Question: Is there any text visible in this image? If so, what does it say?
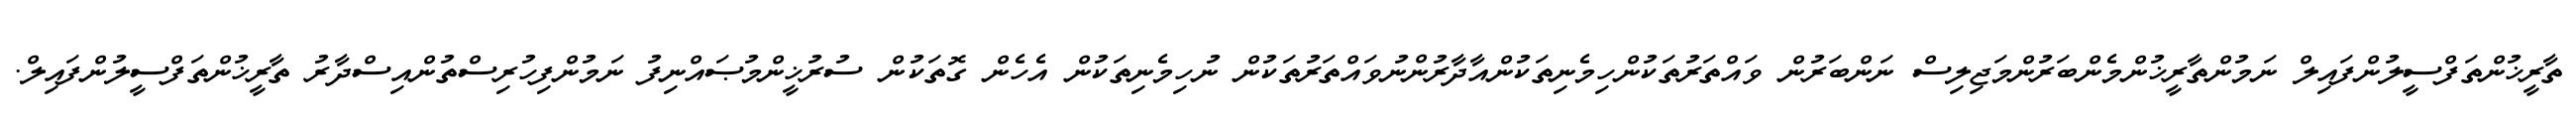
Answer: ތާރީޚުންތަފްސީލުންފައިލް ނަމުންތާރީޚުންމެންބަރުންމަޖިލިސް ނަންބަރުން ވައްތަރުތަކުންހިމެނިތަކުންއާދާރުންނުވައްތަރުތަކުން ނުހިމެނިތަކުން އެހެން ގޮތަކުން ސުރުޚީންމުޞައްނިފު ނަމުންފިހުރިސްތުންއިސްދާރު ތާރީޚުންތަފްސީލުންފައިލް.